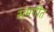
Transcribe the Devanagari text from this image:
समगीत